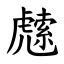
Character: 䖛